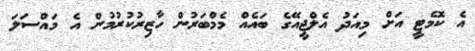
އެ ކޮމެޓީ އަށް މިއަދު އެލްޖީއޭގެ ބައެއް މެމްބަރުން ހާޒިރުކުރުމުން އެ މައްސަލަ